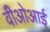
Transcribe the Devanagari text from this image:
वीओआई